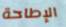
الإطاحة